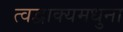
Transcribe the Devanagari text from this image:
त्वद्वाक्यमधुना